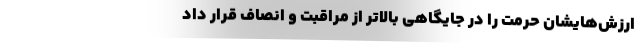
ارزش‌هایشان حرمت را در جایگاهی بالاتر از مراقبت و ‌انصاف قرار داد